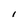
Character: I